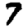
Digit: 7